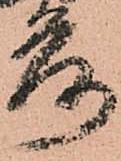
落